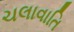
ચલાવાતિ